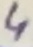
Text: 4